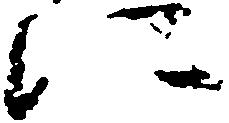
に